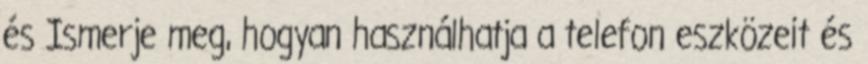
és Ismerje meg, hogyan használhatja a telefon eszközeit és